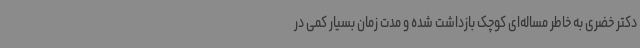
دکتر خضری به خاطر مساله‌ای کوچک بازداشت شده و مدت زمان بسیار کمی در